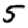
Digit: 5